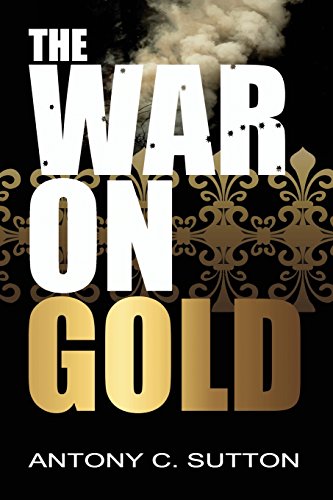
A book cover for The War on Gold; Antony Sutton; Crafts, Hobbies & Home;